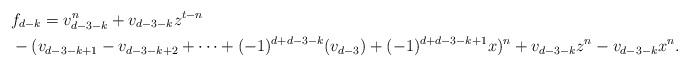
LaTeX: \begin{align*} &f_{d-k} = v_{d-3-k}^n+v_{d-3-k}z^{t-n}\\ & -(v_{d-3-k+1}-v_{d-3-k+2}+\cdots+(-1)^{d+d-3-k}(v_{d-3})+(-1)^{d+d-3-k+1}x)^n+v_{d-3-k}z^n-v_{d-3-k}x^n. \end{align*}